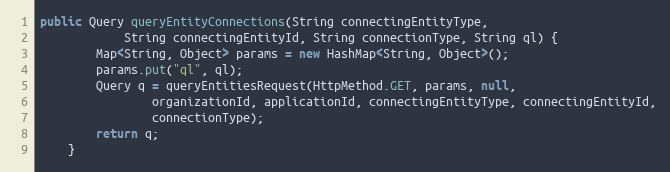
Language: Java
public Query queryEntityConnections(String connectingEntityType,
            String connectingEntityId, String connectionType, String ql) {
        Map<String, Object> params = new HashMap<String, Object>();
        params.put("ql", ql);
        Query q = queryEntitiesRequest(HttpMethod.GET, params, null,
                organizationId, applicationId, connectingEntityType, connectingEntityId,
                connectionType);
        return q;
    }